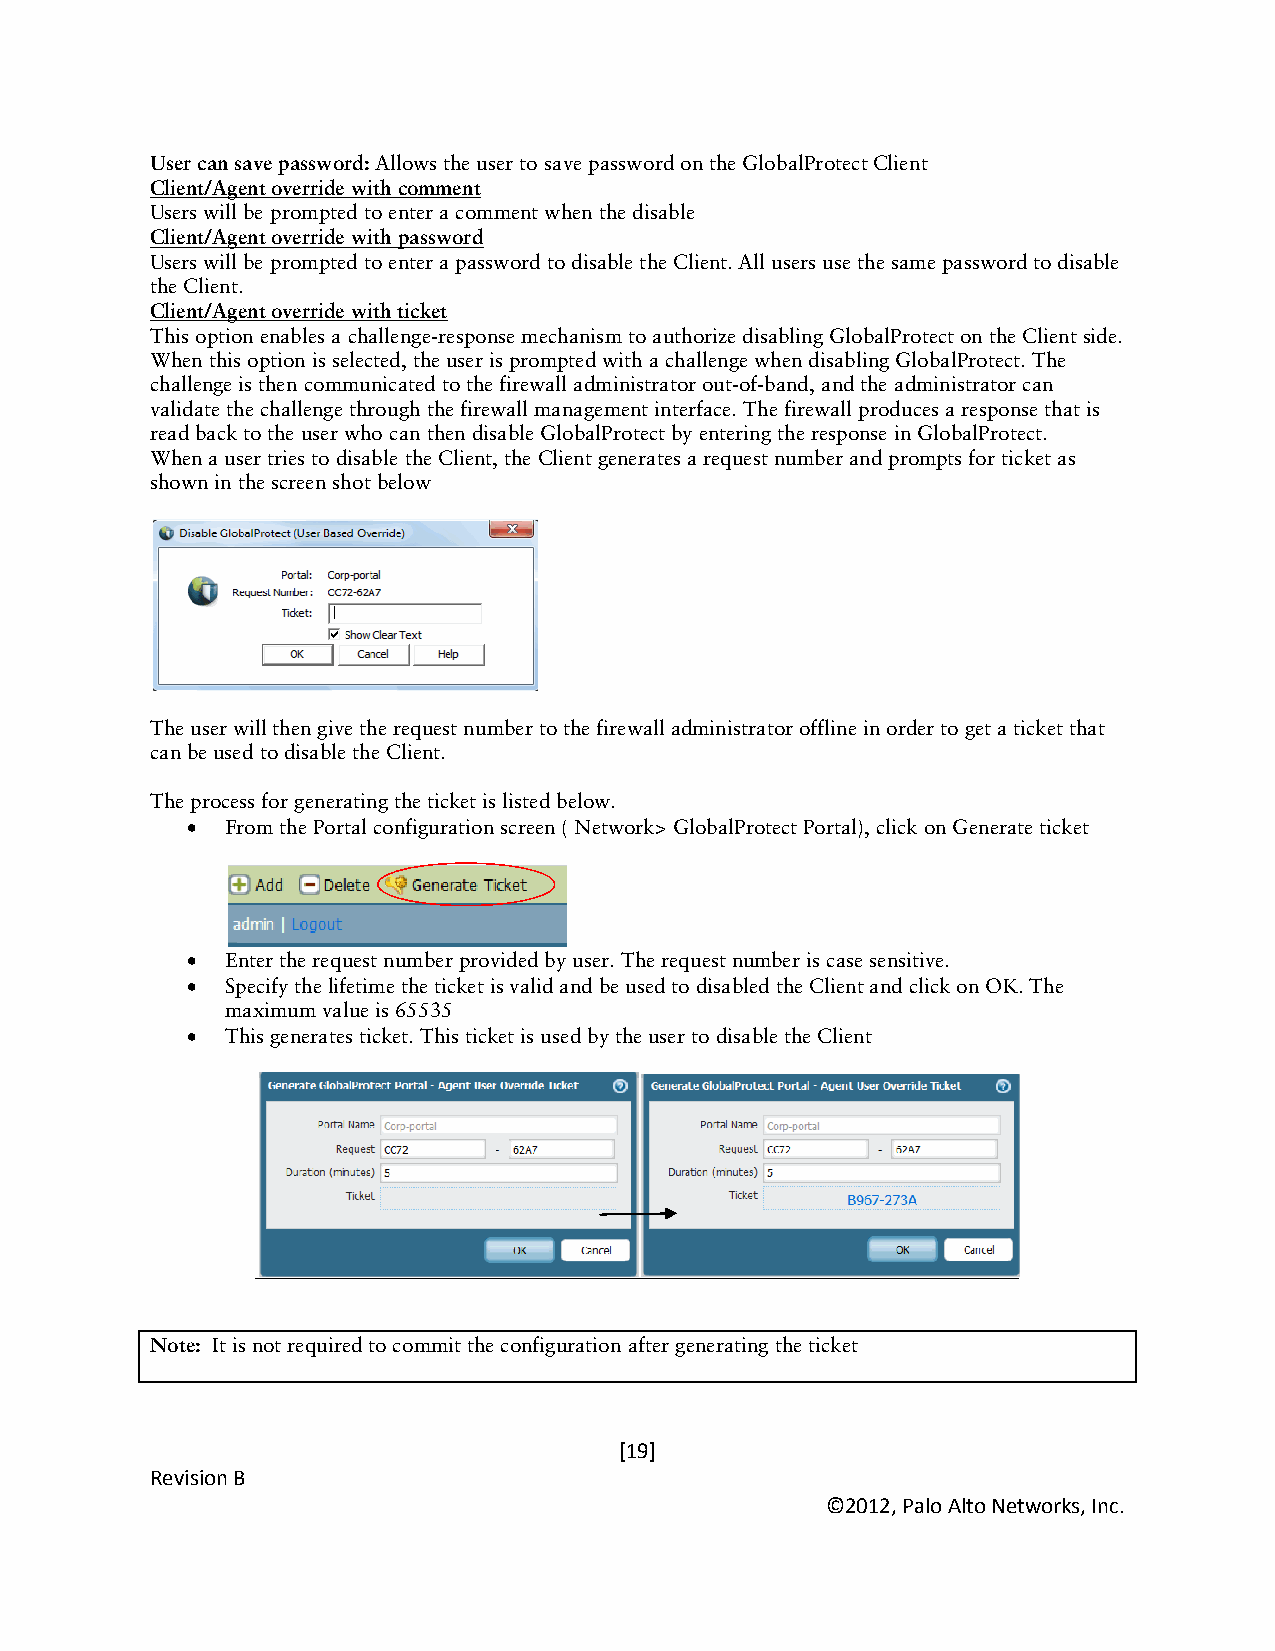
User can save password: Allows the user to save password on the GlobalProtect Client
 Client/Agent override with comment
 Users will be prompted to enter a comment when the disable
 Client/Agent override with password
 Users will be prompted to enter a password to disable the Client. All users use the same password to disable
 the Client.
 Client/Agent override with ticket
 This option enables a challenge-response mechanism to authorize disabling GlobalProtect on the Client side.
 When this option is selected, the user is prompted with a challenge when disabling GlobalProtect. The
 challenge is then communicated to the firewall administrator out-of-band, and the administrator can
 validate the challenge through the firewall management interface. The firewall produces a response that is
 read back to the user who can then disable GlobalProtect by entering the response in GlobalProtect.
 When a user tries to disable the Client, the Client generates a request number and prompts for ticket as
 shown in the screen shot below
 The user will then give the request number to the firewall administrator offline in order to get a ticket that
 can be used to disable the Client.
 The process for generating the ticket is listed below.
 •  From the Portal configuration screen ( Network> GlobalProtect Portal), click on Generate ticket
 •  Enter the request number provided by user. The request number is case sensitive.
 •  Specify the lifetime the ticket is valid and be used to disabled the Client and click on OK. The
 maximum value is 65535
 •  This generates ticket. This ticket is used by the user to disable the Client
 Note: It is not required to commit the configuration after generating the ticket
 [19]
 Revision B
 ©2012, Palo Alto Networks, Inc.